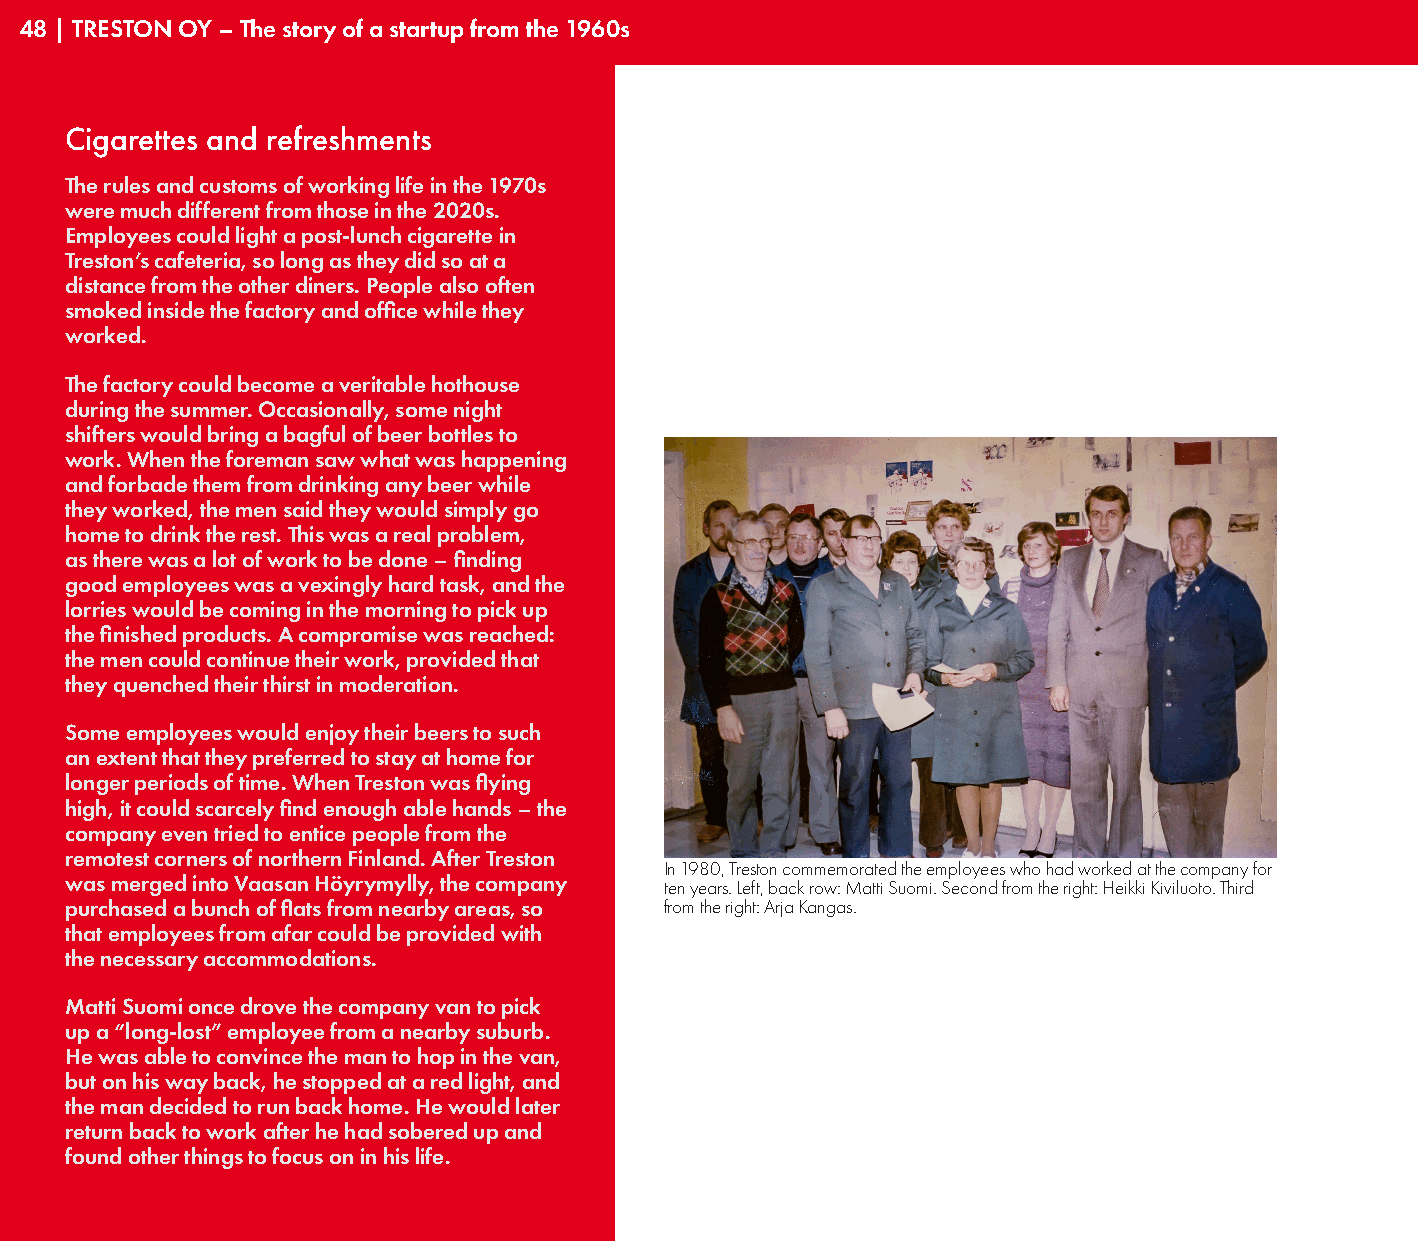
48 | TRESTON OY – The story of a startup from the 1960s
 Cigarettes and refreshments
 The rules and customs of working life in the 1970s
 were much different from those in the 2020s.
 Employees could light a post-lunch cigarette in
 Treston’s cafeteria, so long as they did so at a
 distance from the other diners. People also often
 smoked inside the factory and office while they
 worked.
 The factory could become a veritable hothouse
 during the summer. Occasionally, some night
 shifters would bring a bagful of beer bottles to
 work. When the foreman saw what was happening
 and forbade them from drinking any beer while
 they worked, the men said they would simply go
 home to drink the rest. This was a real problem,
 as there was a lot of work to be done – finding
 good employees was a vexingly hard task, and the
 lorries would be coming in the morning to pick up
 the finished products. A compromise was reached:
 the men could continue their work, provided that
 they quenched their thirst in moderation.
 Some employees would enjoy their beers to such
 an extent that they preferred to stay at home for
 longer periods of time. When Treston was flying
 high, it could scarcely find enough able hands – the
 company even tried to entice people from the
 remotest corners of northern Finland. After Treston
 In 1980, Treston commemorated the employees who had worked at the company for
 was merged into Vaasan Höyrymylly, the company ten years. Left, back row: Matti Suomi. Second from the right: Heikki Kiviluoto. Third
 purchased a bunch of flats from nearby areas, so from the right: Arja Kangas.
 that employees from afar could be provided with
 the necessary accommodations.
 Matti Suomi once drove the company van to pick
 up a “long-lost” employee from a nearby suburb.
 He was able to convince the man to hop in the van,
 but on his way back, he stopped at a red light, and
 the man decided to run back home. He would later
 return back to work after he had sobered up and
 found other things to focus on in his life.